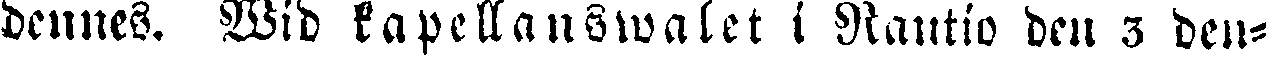
dennes. Wid kapellanswalet i Nautio den 3 den-